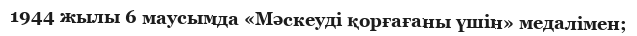
1944 жылы 6 маусымда «Мәскеуді қорғағаны үшін» медалімен;